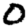
Digit: 0